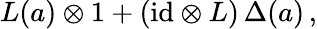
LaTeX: L(a)\otimes 1+(\mathrm{id}\otimes L)\, \Delta(a)\, ,